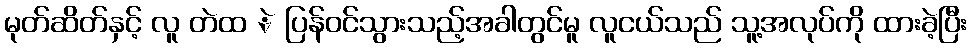
မုတ်ဆိတ်နှင့် လူ တဲထ ဲ ပြန်ဝင်သွားသည့်အခါတွင်မူ လူငယ်သည် သူ့အလုပ်ကို ထားခဲ့ပြီး